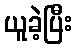
ယူခဲ့ပြီး